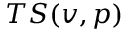
T S ( v , p )